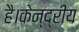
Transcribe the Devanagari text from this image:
है।केन्द्रीय